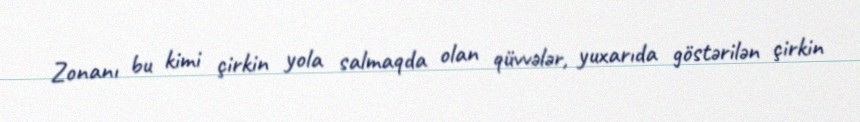
Zonanı bu kimi çirkin yola salmaqda olan qüvvələr, yuxarıda göstərilən çirkin